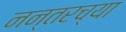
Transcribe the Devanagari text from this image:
नन्तरच्या